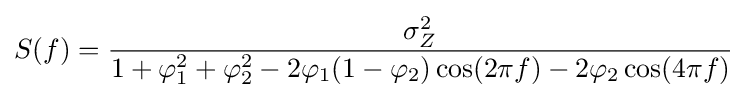
S(f)={\frac {\sigma _{Z}^{2}}{1+\varphi _{1}^{2}+\varphi _{2}^{2}-2\varphi _{1}(1-\varphi _{2})\cos(2\pi f)-2\varphi _{2}\cos(4\pi f)}}